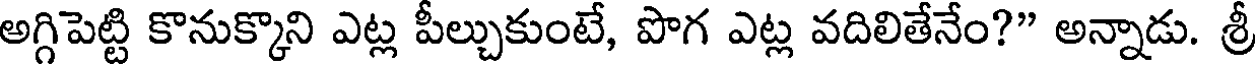
అగ్గిపెట్టి కొనుక్కొని ఎట్ల పీల్చుకుంటే, పొగ ఎట్ల వదిలితేనేం?" అన్నాడు. శ్రీ